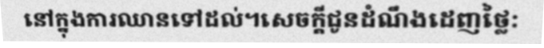
នៅក្នុងការឈានទៅដល់។សេចក្តីជូនដំណឹងដេញថ្លៃ: